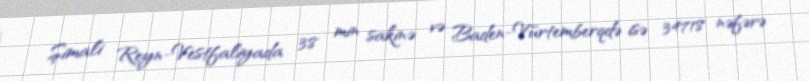
Şimali Reyn-Vestfaliyada 38 min sakinə və Baden-Vürtemberqdə isə 34718 nəfərə